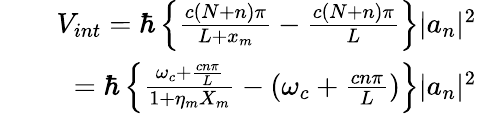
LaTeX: \begin{array}{rlr}&{}&{V_{int}=\hbar\left\{ \frac{c(N+n)\pi}{L+x_{m}}-\frac{c(N+n)\pi}{L}\right\} |a_{n}|^{2}}\\ &{}&{=\hbar\left\{ \frac{\omega_{c}+\frac{cn\pi}{L}}{1+\eta_{m}X_{m}}-(\omega_{c}+\frac{cn\pi}{L})\right\} |a_{n}|^{2}}\end{array}